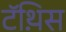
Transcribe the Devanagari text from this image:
टॅथ़िस